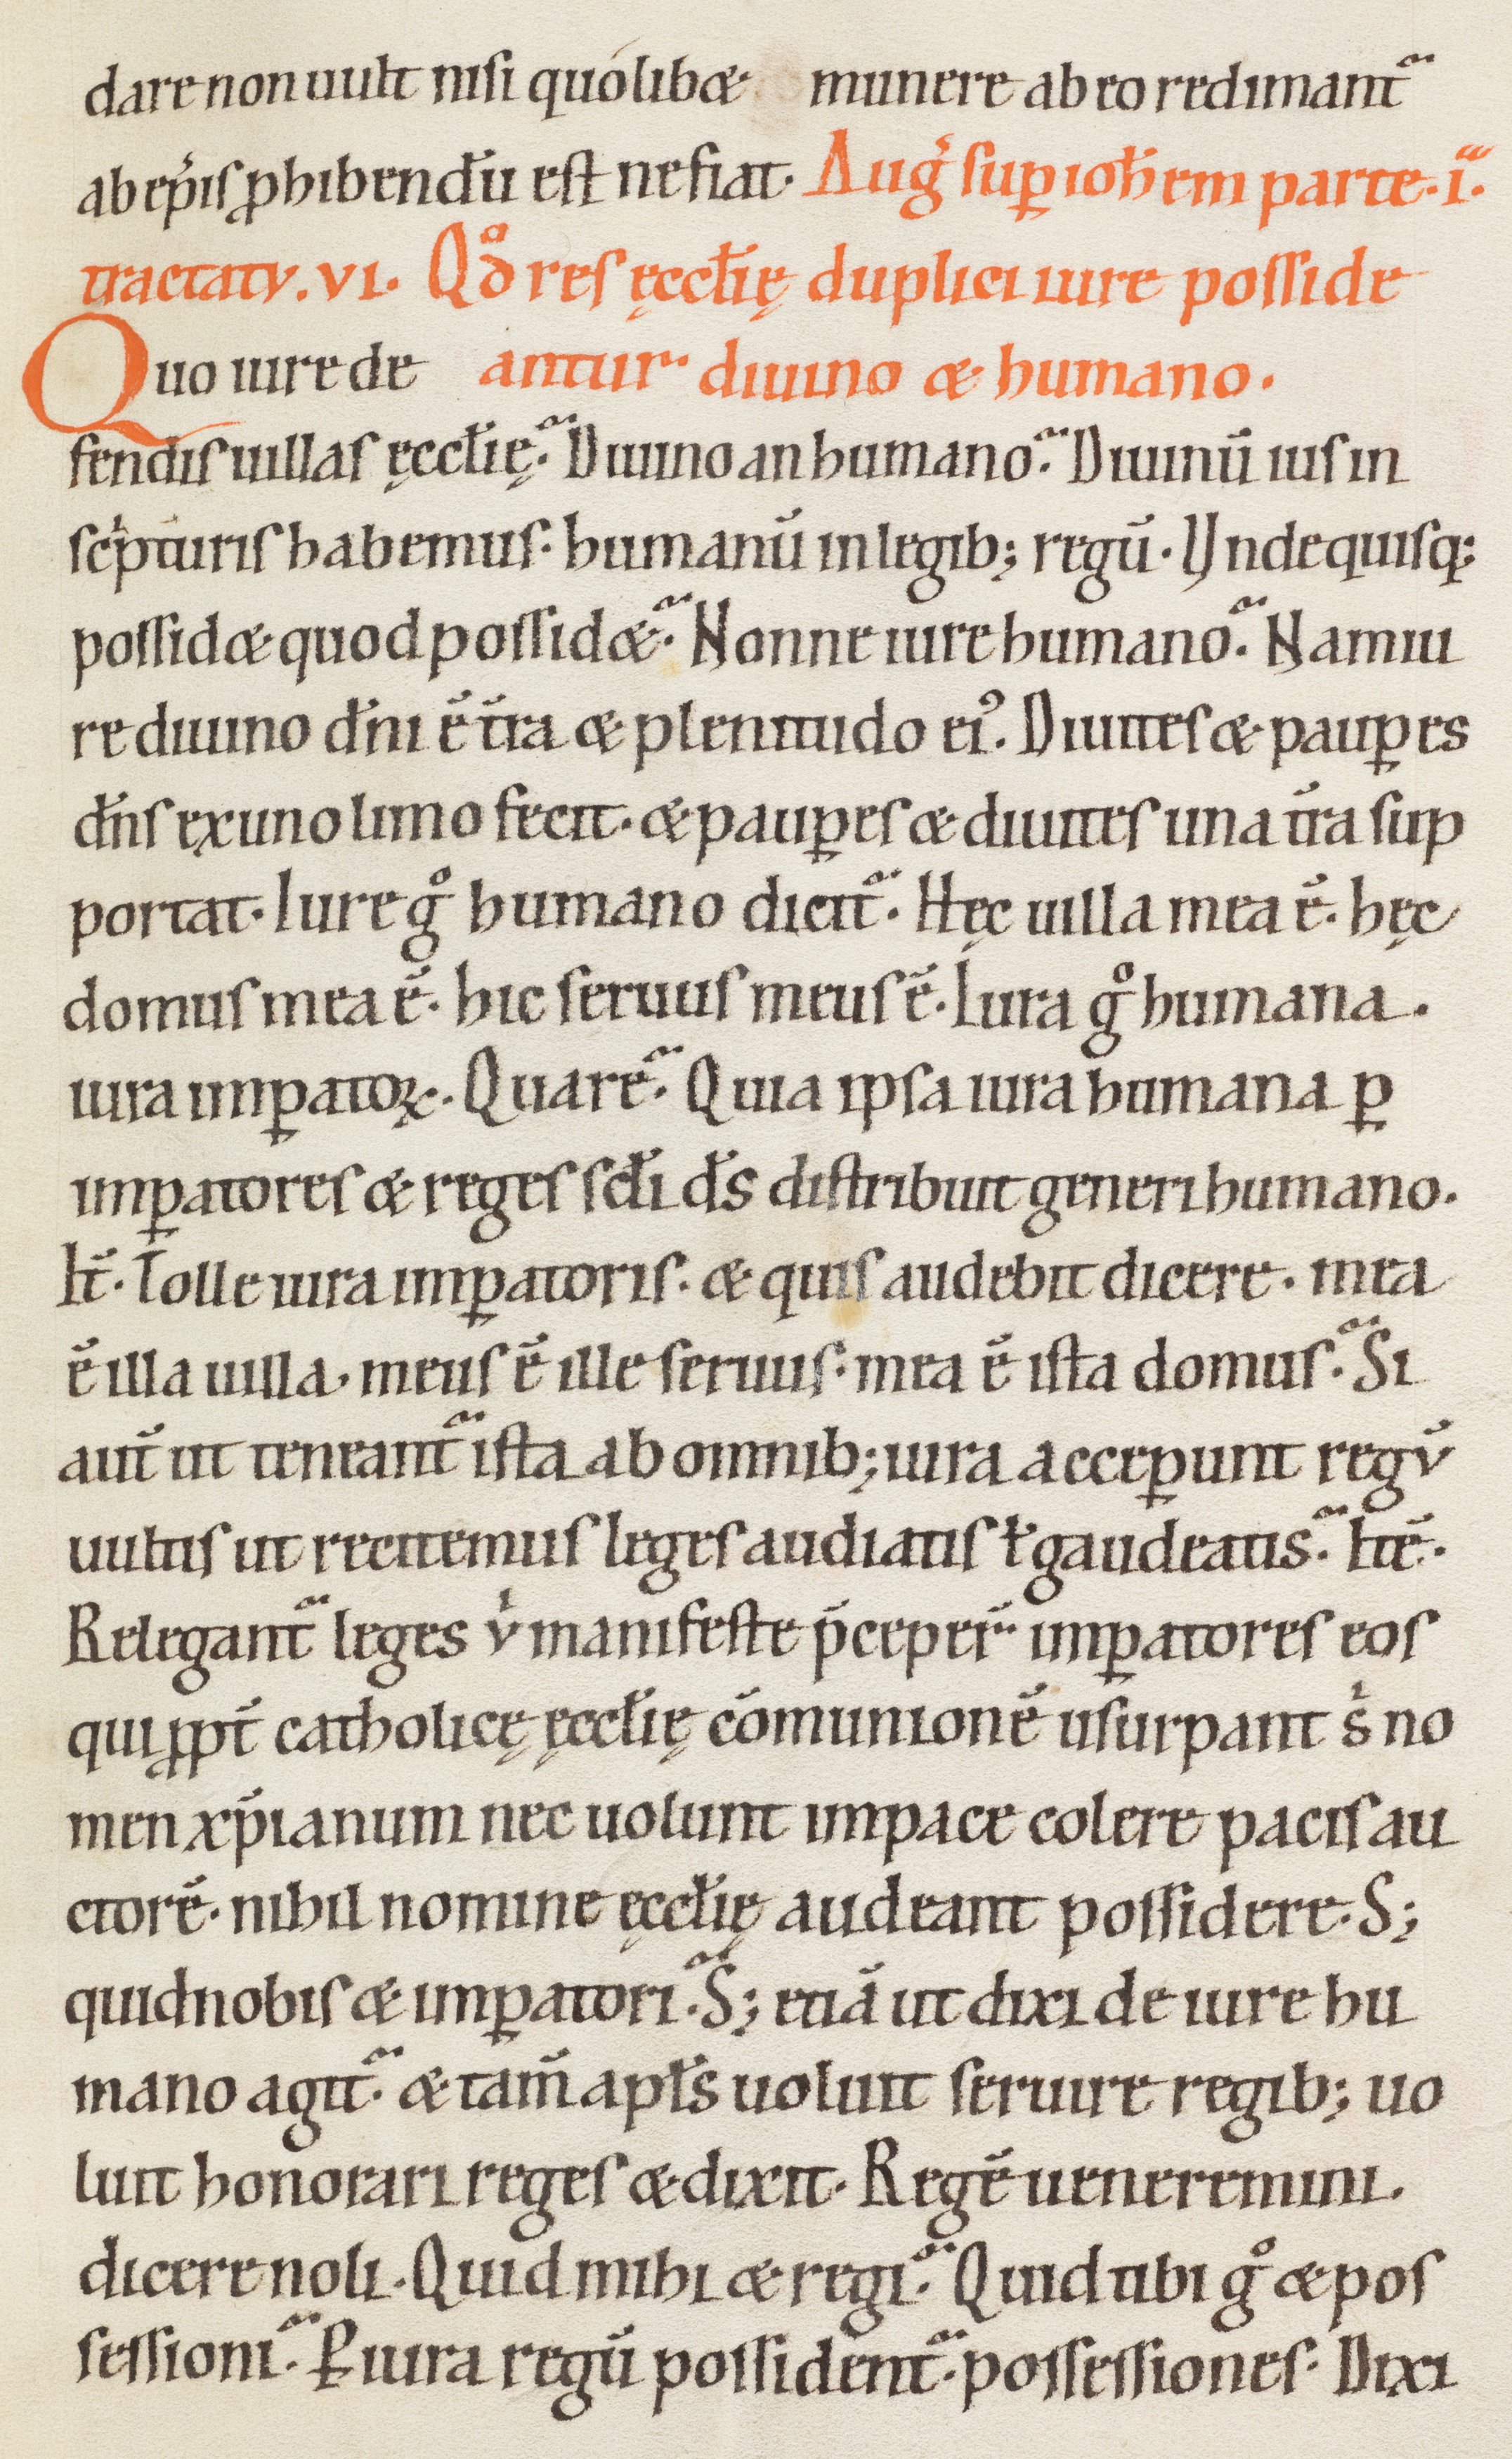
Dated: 1100–1199